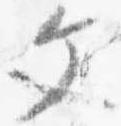
文